Subject: cs
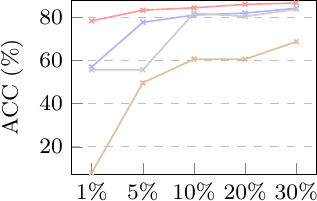
LaTeX code:
			\begin{tikzpicture}\footnotesize
				\begin{axis}[
					legend style={at={(0.5,-0.22)},
						anchor=north,legend columns=2},
					ylabel=ACC (\%),
					width=4.7cm, height=3.8cm,
								ymin=7, ymax=88,
					xtick={1, 2, 3, 4, 5},
					xticklabels={1\%, 5\%, 10\%, 20\%, 30\%},
					xlabel near ticks,
					ylabel near ticks,
					xtick pos=left,
					ytick pos=left,
					ytick align=inside,
					xtick align=inside,
					ymajorgrids=true,
					grid style=dashed,
					legend style={nodes={scale=0.6, transform shape}},
									every node near coord/.append style={font=\tiny},
					]
					\addplot+[semithick,mark=x,mark options={scale=0.6}, red!40!white] plot coordinates {
						(1, 78.43)
						(2, 83.37)
						(3, 84.49)
						(4, 86.07)
						(5, 86.72)
					};
					\addplot+[semithick,mark=x,mark options={scale=0.6}, blue!30!white] plot coordinates {
						(1, 57.08)
						(2, 77.75)
						(3, 81.12)
						(4, 82.02)
						(5, 84.27)
					};
					\addplot+[semithick,mark=x,mark options={scale=0.6}, brown!50!white] plot coordinates {
						(1, 7.87)
						(2, 49.67)
						(3, 60.67)
						(4, 60.67)
						(5, 68.76)
					};;
					\addplot+[semithick,mark=x,mark options={scale=0.6}, gray!40!white] plot coordinates {
						(1, 55.73)
						(2, 55.73)
						(3, 82.02)
						(4, 80.45)
						(5, 83.82)
					};
				\end{axis}
			\end{tikzpicture}